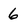
Character: 6